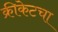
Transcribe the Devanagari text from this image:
क्रीकेटचा